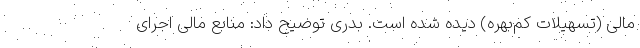
مالی (تسهیلات کم‌بهره) دیده شده است. بدری توضیح داد: منابع مالی اجرای